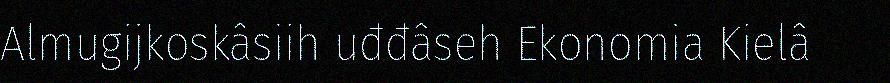
Almugijkoskâsiih uđđâseh Ekonomia Kielâ